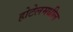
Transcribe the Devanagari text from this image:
होटेलमधील